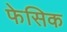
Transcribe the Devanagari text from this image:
फेसिक